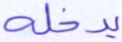
يدخله